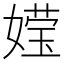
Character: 𮱕